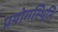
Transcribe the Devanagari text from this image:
प्रयोगस्थिति